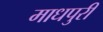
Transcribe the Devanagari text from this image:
माधपुरी